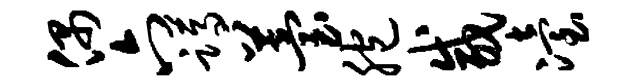
偶六蹲苔胞咸冶